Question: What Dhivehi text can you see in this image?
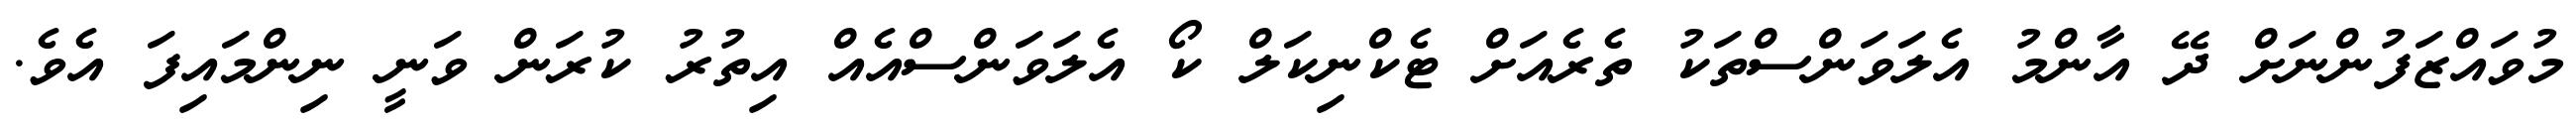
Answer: މުވައްޒަފުންނަށް ދޭ އާންމު އެލަވަންސްތަކު ތެރެއަށް ޓެކްނިކަލް ކޯ އެލަވަންސްއެއް އިތުރު ކުރަން ވަނީ ނިންމައިފަ އެވެ.